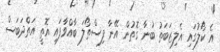
އެ ކޯލުގައި އެލިޒަބަތު ބުނާ ގޮތުން އޭނާ ފިސްތޯލަ ބާއްވާފައި އޮތީ އަތްދަބަސް